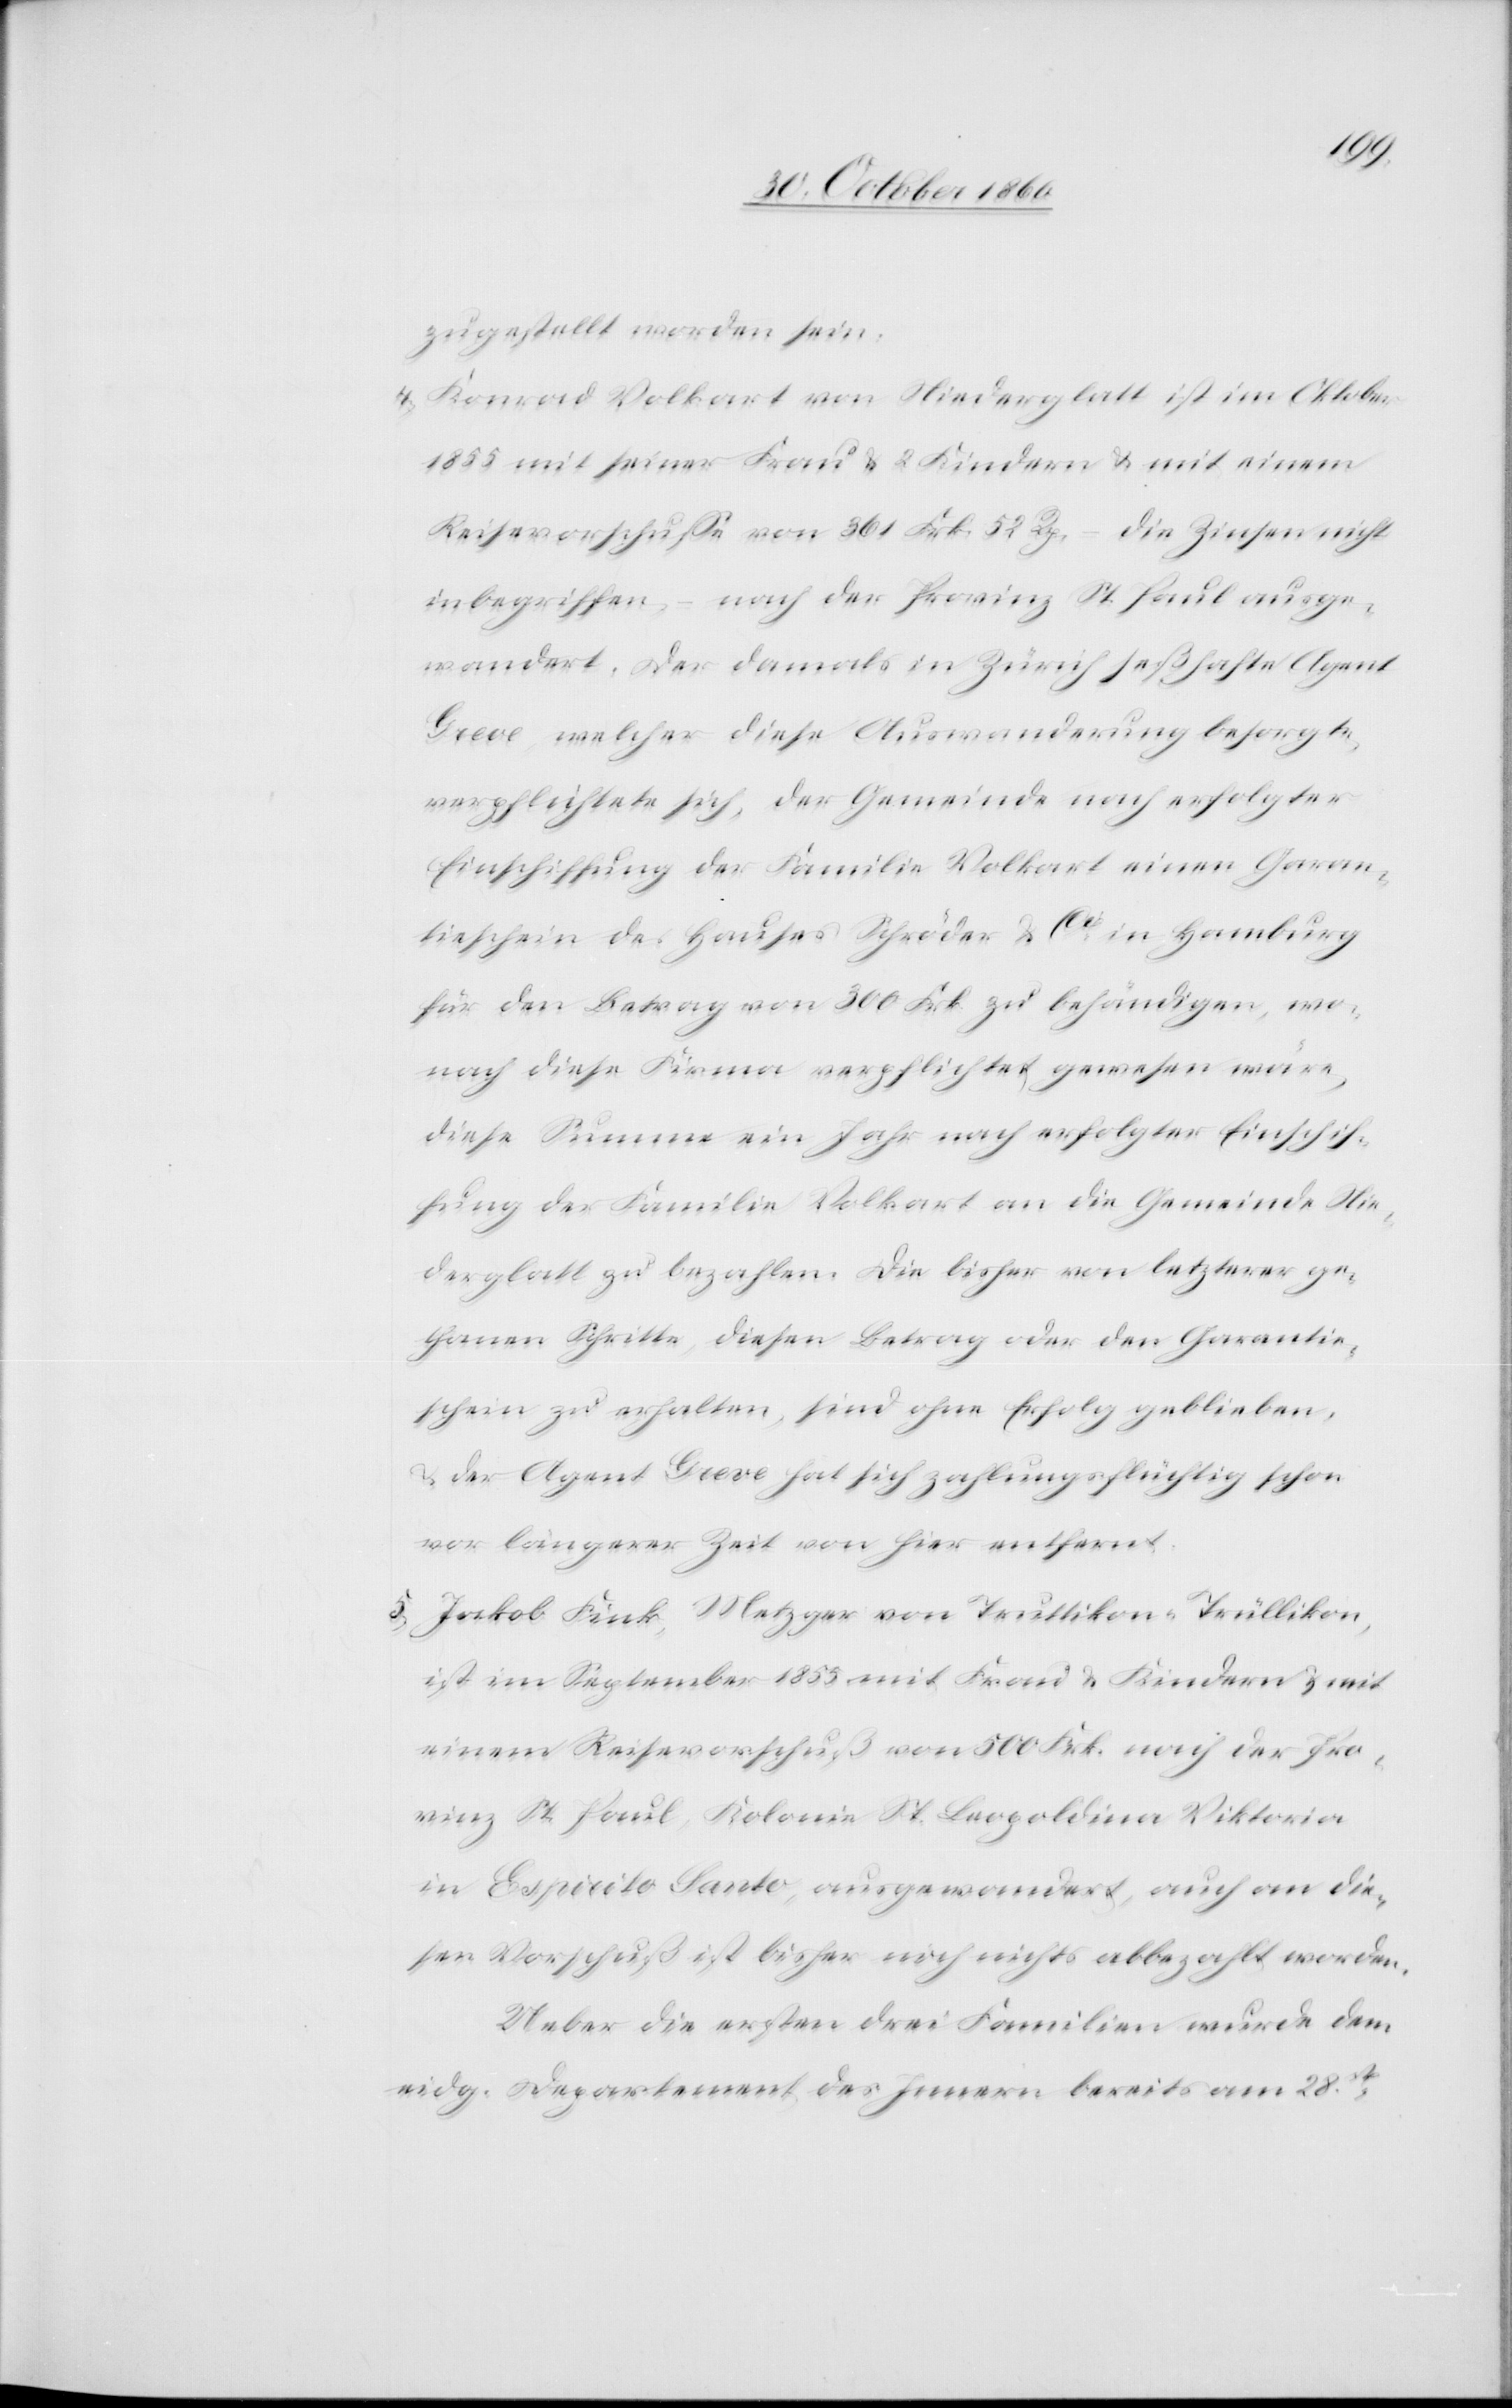
zugestellt worden sein.
4) Konrad Volkart von Niederglatt ist im Oktober
1855 mit seiner Frau u. 2 Kindern u. mit einem
Reisevorschuß von 361 Frk. 52 Rp. – die Zinsen nicht
inbegriffen, – nach der Provinz St. Paul ausge¬
wandert. Der Damals in Zürich seßhafte Agent
Greve, welcher diese Auswanderung besorgte,
verpflichtete sich, der Gemeinde nach erfolgter
Einschiffung der Familie Volkart einen Garan¬
tieschein des Hauses Schröder & Cie in Hamburg
für den Betrag von 300 Frk. zu behändigen, wo¬
nach diese Firma verpflichtet gewesen wäre,
diese Summe ein Jahr nach erfolgter Einschif¬
fung der Familie Volkart an die Gemeinde Nie¬
derglatt zu bezahlen. Die bisher von letzterer ge¬
thanen Schritte, diesen Betrag oder den Garantie¬
schein zu erhalten, sind ohne Erfolg geblieben
der Agent Greve hat sich zahlungsflüchtig schon
vor längerer Zeit von hier entfernt.
5) Jakob Fink, Metzger von Trullikon-Trüllikon,
ist im September 1855 mit Frau u. Kindern u. mit
einem Reisevorschuß von 500 Frk. nach der Pro¬
vinz St. Paul, Kolonie St. Leopoldina Viktoria
in Espirito Santo, ausgewandert, auch an die¬
sen Vorschuß ist bisher noch nichts abbezahlt worden.
Ueber die ersten drei Familien wurde dem
eidg. Departement des Innern bereits am 28t